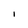
Character: i